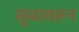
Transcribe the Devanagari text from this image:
सुळावरून